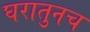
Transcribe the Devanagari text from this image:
घरातुनच